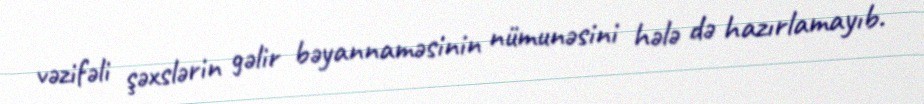
vəzifəli şəxslərin gəlir bəyannaməsinin nümunəsini hələ də hazırlamayıb.